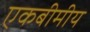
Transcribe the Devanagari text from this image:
एकबीमीय